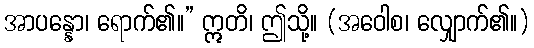
အာပန္နော၊ ရောက်၏။” ဣတိ၊ ဤသို့။ (အဝေါစ၊ လျှောက်၏။)